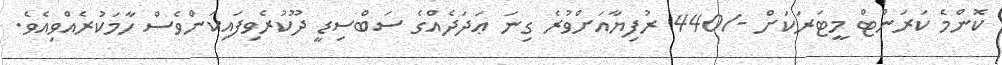
ކޮންމެ ކަރަންޓް މީޓަރަކަށް -/440 ރުފިޔާއަށްވުރެ ގިނަ ޢަދަދެއްގެ ސަބްސިޑީ ދޫކުރެވިފައިކަންވެސް ހާމަކުރެއްވިއެވެ.